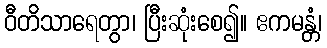
ဝီတိသာရေတွာ၊ ပြီးဆုံးစေ၍။ ဧကမန္တံ၊